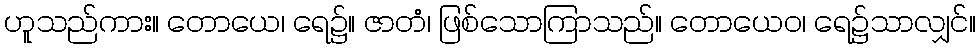
ဟူသည်ကား။ တောယေ၊ ရေ၌။ ဇာတံ၊ ဖြစ်သောကြာသည်။ တောယေဝ၊ ရေ၌သာလျှင်။